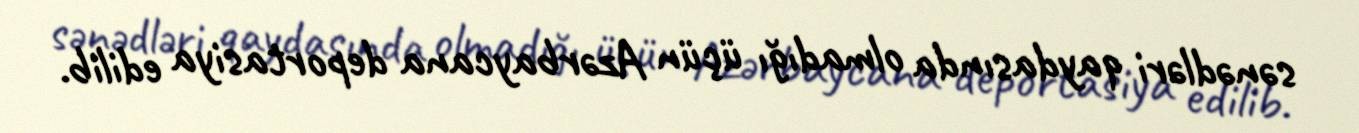
sənədləri qaydasında olmadığı üçün Azərbaycana deportasiya edilib.